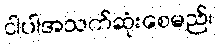
ငါပါအသက်ဆုံးစေမည်၊